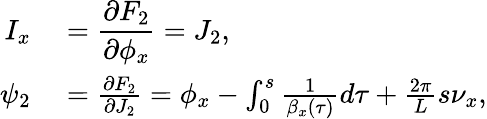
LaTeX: \begin{array}{rl}{\displaystyle I_{x}}&{{}\displaystyle=\frac{\partial F_{2}}{\partial\phi_{x}}=J_{2},}\\ {\displaystyle\psi_{2}}&{{}=\frac{\partial F_{2}}{\partial J_{2}}=\phi_{x}-\int_{0}^{s}{\frac{1}{\beta_{x}\left(\tau\right)}d\tau}+\frac{2\pi}{L}s\nu_{x},}\end{array}